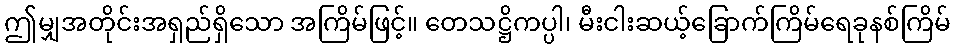
ဤမျှအတိုင်းအရှည်ရှိသော အကြိမ်ဖြင့်။ တေသဋ္ဌိကပ္ပါ၊ မီးငါးဆယ့်ခြောက်ကြိမ်ရေခုနစ်ကြိမ်